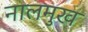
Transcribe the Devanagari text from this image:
नालमुख